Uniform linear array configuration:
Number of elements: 16
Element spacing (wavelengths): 0.5
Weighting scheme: blackman
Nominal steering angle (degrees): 0
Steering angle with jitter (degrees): -1.755
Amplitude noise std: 0.05
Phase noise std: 0.05

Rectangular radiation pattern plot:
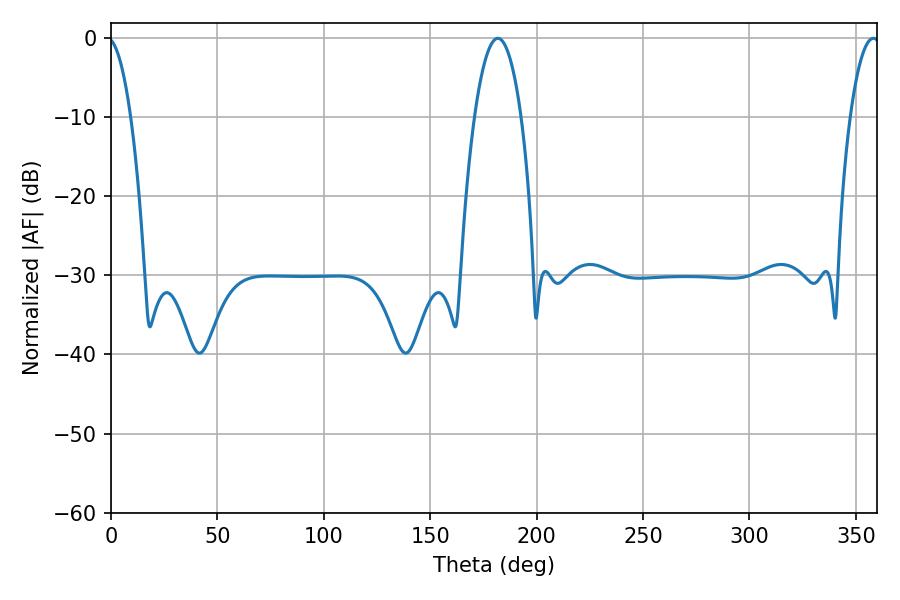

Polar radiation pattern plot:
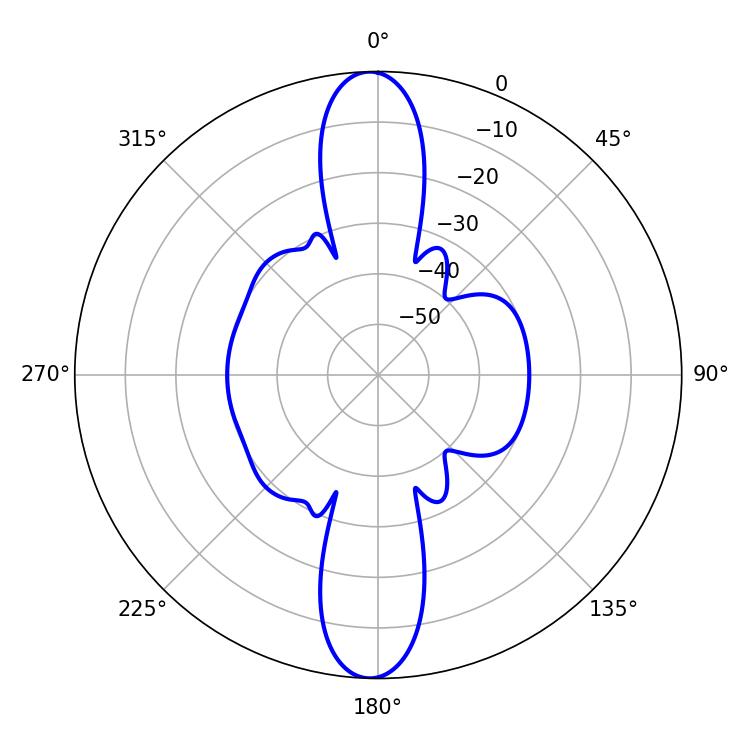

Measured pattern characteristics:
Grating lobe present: FALSE
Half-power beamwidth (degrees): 12.24
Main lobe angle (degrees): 181.8